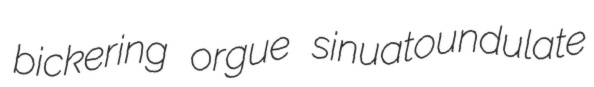
bickering orgue sinuatoundulate